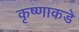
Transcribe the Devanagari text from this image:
कृष्णाकडे